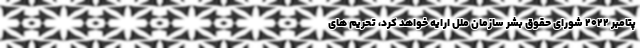
پتامبر 2022 شورای حقوق بشر سازمان ملل ارایه خواهد کرد، تحریم های